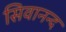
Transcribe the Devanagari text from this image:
सिवानन्द